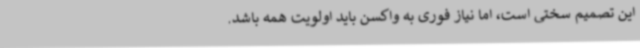
این تصمیم سختی است، اما نیاز فوری به واکسن باید اولویت همه باشد.